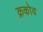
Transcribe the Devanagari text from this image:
क्रकोव